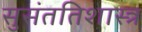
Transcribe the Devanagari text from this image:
सुसंततिशास्त्र